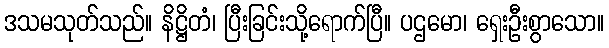
ဒသမသုတ်သည်။ နိဋ္ဌိတံ၊ ပြီးခြင်းသို့ရောက်ပြီ။ ပဌမော၊ ရှေးဦးစွာသော။